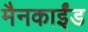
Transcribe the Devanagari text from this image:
मैनकाईंड